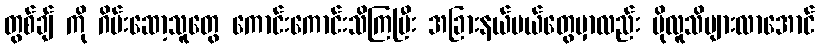
တွစ်ချ် ကို ဂိမ်းဆော့သူတွေ ကောင်းကောင်းသိကြပြီး အခြားနယ်ပယ်တွေမှာလည်း ပိုလူသိများလာအောင်